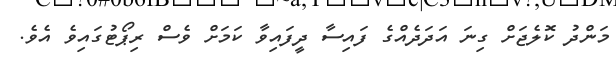
މަންދު ކޮލެޖަށް ގިނަ އަދަދެއްގެ ފައިސާ ދީފައިވާ ކަމަށް ވެސް ރިޕޯޓުގައިވެ އެވެ.